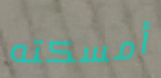
أمسكته